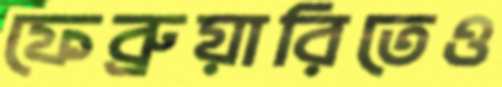
ফেব্রুয়ারিতেও